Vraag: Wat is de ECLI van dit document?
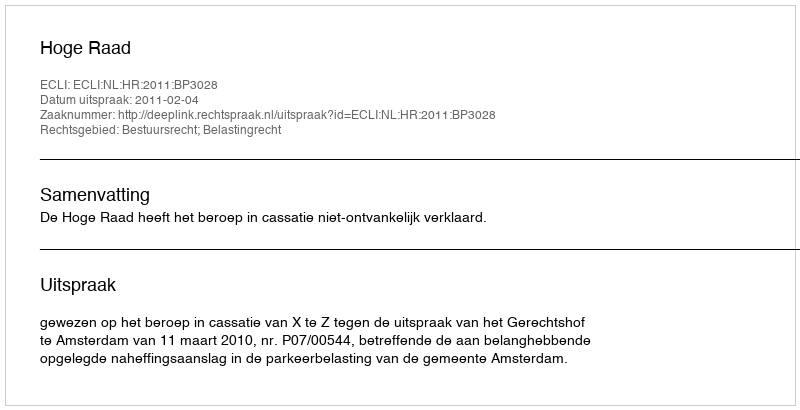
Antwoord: ECLI:NL:HR:2011:BP3028